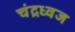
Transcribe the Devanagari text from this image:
चंद्रध्वज